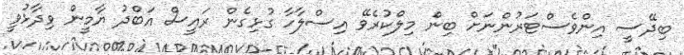
ބިދޭސީ އިންވެސްޓަރުންނަށް ބިން މިލްކުރެވޭ އިސްލާހާ ގުޅިގެން ރައީސް އަބްދު ޔާމީން ވިދާޅުވީ